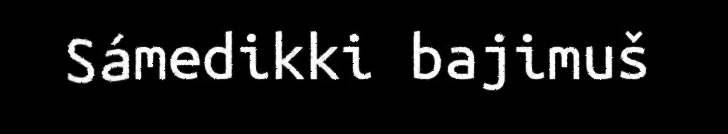
Sámedikki bajimuš